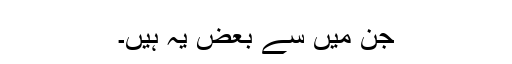
جن میں سے بعض یہ ہیں۔